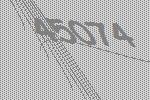
45074